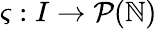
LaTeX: \varsigma:I\rightarrow\mathcal{P}(\mathbb{N})